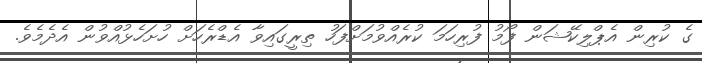
ގެ ކުރިން އެޕްލިކޭޝަން ފޯމު ފުރިހަމަ ކުރެއްވުމަށްފަހު ތިރީގައިވާ އެޑްރެހަށް ހުށަހެޅުއްވުން އެދެމެވެ.